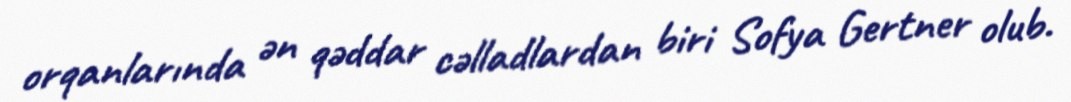
orqanlarında ən qəddar cəlladlardan biri Sofya Gertner olub.